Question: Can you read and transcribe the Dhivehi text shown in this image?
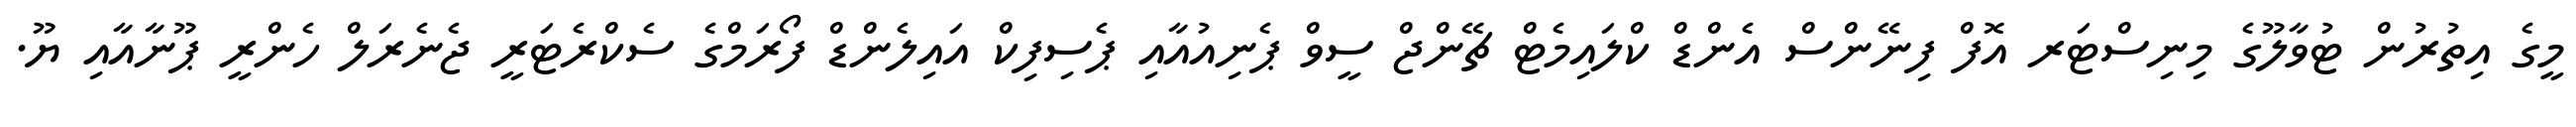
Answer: މީގެ އިތުރުން ޓުވާލޫގެ މިނިސްޓަރ އޮފް ފިނޭންސް އެންޑް ކްލައިމެޓް ޗޭންޖް ސީވް ޕެނިއުއާއި ޕެސިފިކް އައިލެންޑް ފޯރަމްގެ ސެކްރެޓަރީ ޖެނެރަލް ހެންރީ ޕޫނާއާއި ޔޫ.